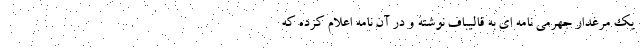
یک مرغدار جهرمی نامه ای به قالیباف نوشته و در آن نامه اعلام کرده که